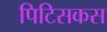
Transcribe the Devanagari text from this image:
पिटिसकस